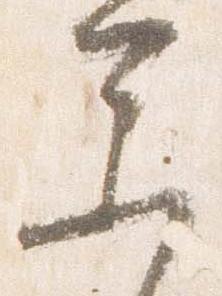
参